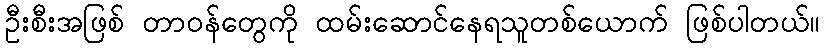
ဦးစီးအဖြစ် တာဝန်တွေကို ထမ်းဆောင်နေရသူတစ်ယောက် ဖြစ်ပါတယ်။